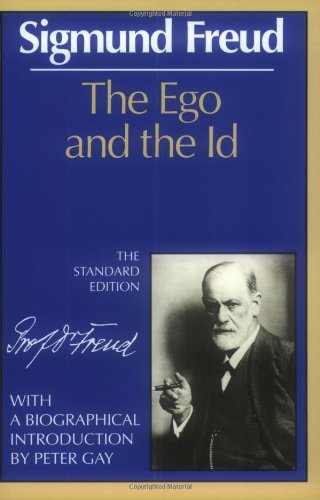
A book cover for The Ego and the Id (The Standard Edition of the Complete Psychological Works of Sigmund Freud); Sigmund Freud; Medical Books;